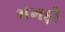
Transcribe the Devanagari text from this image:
भंगड़ी